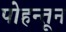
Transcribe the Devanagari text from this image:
पोहन्तून